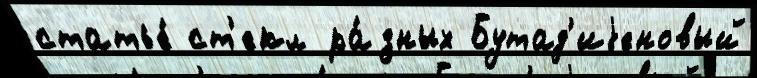
статье́ ст'екл ра́зных Бутад'иjеновый